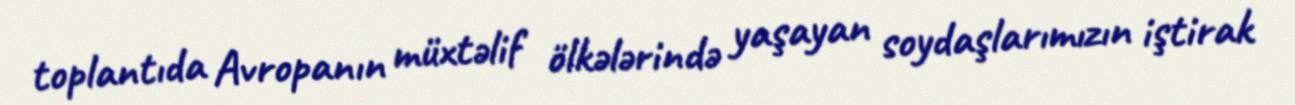
toplantıda Avropanın müxtəlif ölkələrində yaşayan soydaşlarımızın iştirak